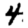
Digit: 4